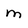
Character: M